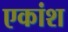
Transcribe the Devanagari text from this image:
एकांश